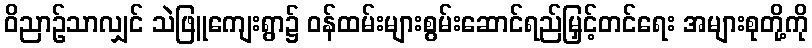
ဝိညာဉ်သာလျှင် သဲဖြူကျေးရွာ၌ ဝန်ထမ်းများစွမ်းဆောင်ရည်မြှင့်တင်ရေး အများစုတို့ကို